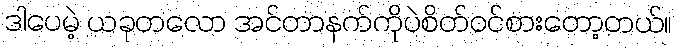
ဒါပေမဲ့ ယခုတလော အင်တာနက်ကိုပဲစိတ်ဝင်စားတော့တယ်။